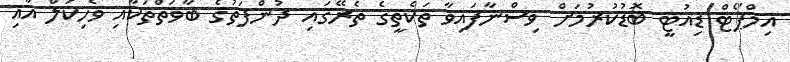
އިމްޕޯޓް ޑިއުޓީ ބޮޑުކުރުމަށް ވިސްނާފައިވާ ތަކެތީގެ ތެރޭގައި ދުންފަތުގެ ބާވަތްތަކާއި ވެހިކަލް އާއި